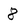
Character: 8